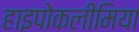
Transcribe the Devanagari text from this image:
हाइपोकलीमिया